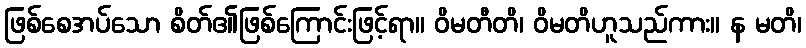
ဖြစ်စေအပ်သော စိတ်၏ဖြစ်ကြောင်းဖြင့်ရာ။ ဝိမတီတိ၊ ဝိမတိဟူသည်ကား။ န မတိ၊